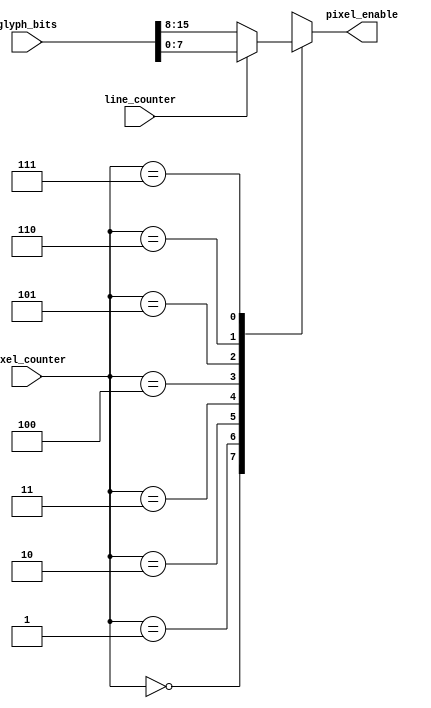
`timescale 1ns / 1ps
//////////////////////////////////////////////////////////////////////////////////
// Company: 
// Engineer: 
// 
// Design Name: 
// Module Name:    extract_pixel 
// Project Name: 
// Target Devices: 
// Tool versions: 
// Description: 
//
// Dependencies: 
//
// Revision: 
// Revision 0.01 - File Created
// Additional Comments: 
//
//////////////////////////////////////////////////////////////////////////////////
module Extract_Pixel(
	input [15:0] glyph_bits,
	input [2:0] pixel_counter,
	input line_counter,
	output reg pixel_enable
    );

	//look at last bit of line_counter to find if it's odd or even.
	wire line_odd;
	reg [7:0] result_bits;
	
	initial result_bits = 0;
	
	assign line_odd = line_counter & 1'b1;
	
	always @ (*) begin
		if (line_odd) begin
			result_bits = glyph_bits[7:0];
		end
		else begin
			result_bits = glyph_bits[15:8];
		end
		
		//map the pixel_counter 3 least sig bits to result
		case (pixel_counter) 
			0: pixel_enable = result_bits[7];
			1: pixel_enable = result_bits[6];
			2: pixel_enable = result_bits[5];
			3: pixel_enable = result_bits[4];
			4: pixel_enable = result_bits[3];
			5: pixel_enable = result_bits[2];
			6: pixel_enable = result_bits[1];
			7: pixel_enable = result_bits[0];
		endcase
	end
	
endmodule